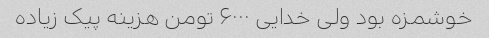
خوشمزه بود ولی خدایی ۶۰۰۰ تومن هزینه پیک زیاده